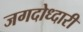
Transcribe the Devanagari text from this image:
जगदोध्दारी